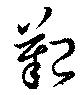
艱